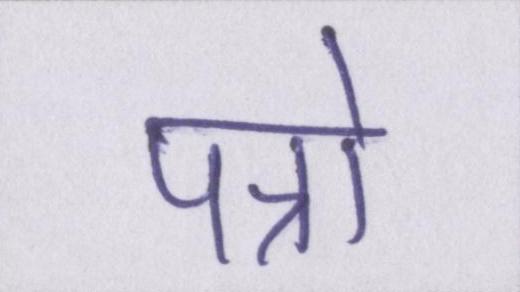
पत्रो